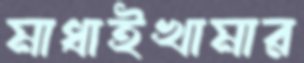
মাধাইখামার